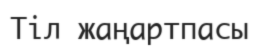
Тіл жаңартпасы